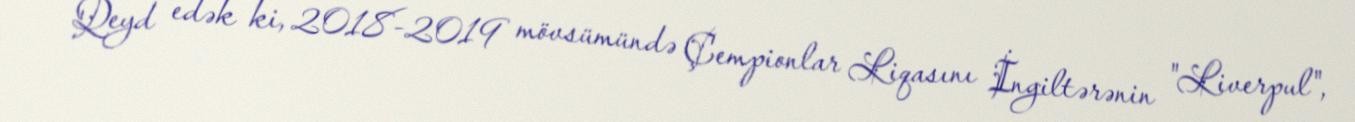
Qeyd edək ki, 2018-2019 mövsümündə Çempionlar Liqasını İngiltərənin "Liverpul",